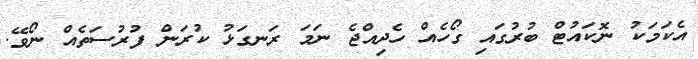
އެކަމަކު ނޮކައުޓް ބުރުގައި ގޯހެއް ހެދިއްޖެ ނަމަ ރަނގަޅު ކުރަން ފުރުސަތެއް ނޯވޭ.